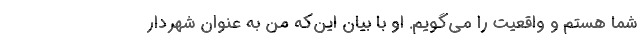
شما هستم و واقعیت را می‌گویم. او با بیان این‌که من به عنوان شهردار